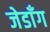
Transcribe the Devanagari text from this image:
जेडाँग